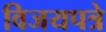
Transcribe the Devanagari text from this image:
विजयपत्रे